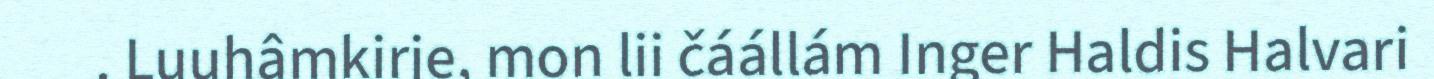
. Luuhâmkirje, mon lii čáállám Inger Haldis Halvari